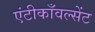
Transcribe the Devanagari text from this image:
एंटीकाँवल्सेंट